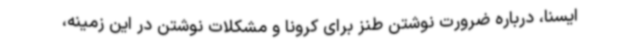
ایسنا، درباره ضرورت نوشتن طنز برای کرونا و مشکلات نوشتن در این زمینه،